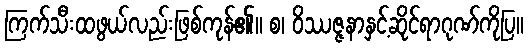
ကြက်သီးထဖွယ်လည်းဖြစ်ကုန်၏။ စ၊ ဝိဿဇ္ဇနာနှင့်ဆိုင်ရာဂုဏ်ကိုပြ။